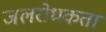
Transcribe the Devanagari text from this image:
जलरोधकता